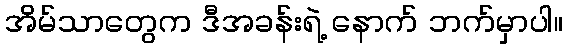
အိမ်သာတွေက ဒီအခန်းရဲ့ နောက် ဘက်မှာပါ။